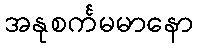
အနုစင်္ကမမာနော